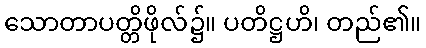
သောတာပတ္တိဖိုလ်၌။ ပတိဋ္ဌဟိ၊ တည်၏။